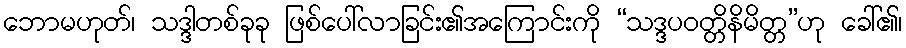
ဘောမဟုတ်၊ သဒ္ဒါတစ်ခုခု ဖြစ်ပေါ်လာခြင်း၏အကြောင်းကို “သဒ္ဒပဝတ္တိနိမိတ္တ”ဟု ခေါ်၏၊